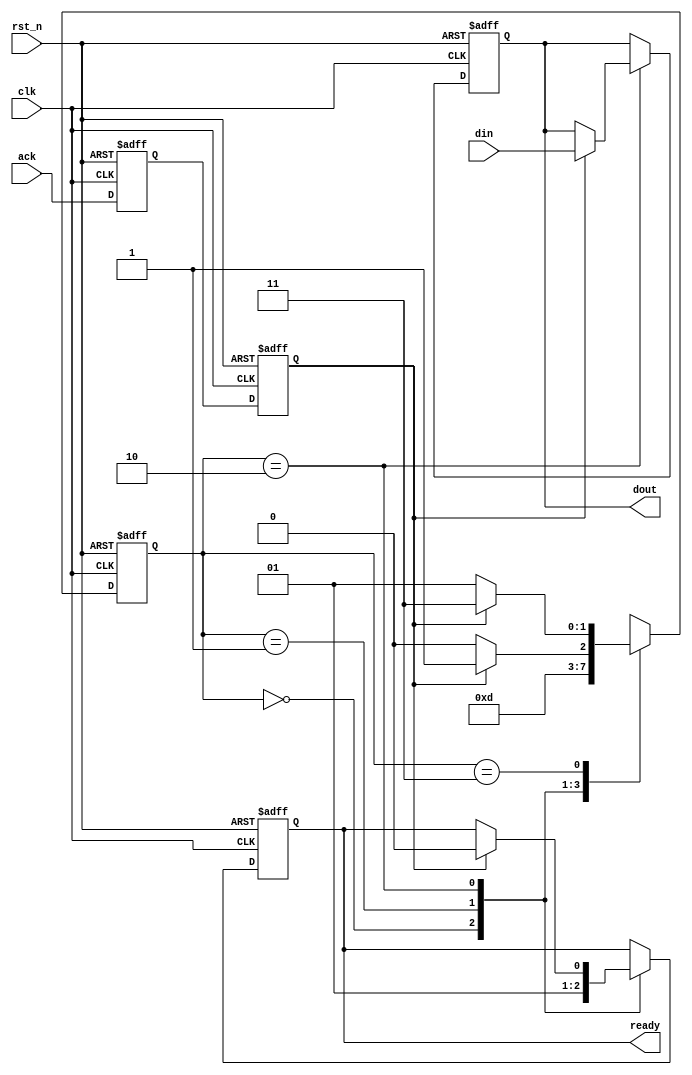
//The communication by the way of shakehand
//module:send part

module shake_hand_send(clk,rst_n,ack,din,dout,ready);
	input clk,rst_n;
	input ack;
	input [7:0] din;
	output reg [7:0] dout;
	output reg ready;

	reg ack_d1,ack_d2;
	reg [1:0] state,next_state;
	parameter idle=2'b00,send=2'b01,ack_active=2'b10,ack_check=2'b11;

	reg [7:0] data_buf;

	always @(posedge clk or negedge rst_n)
		begin
			if(~rst_n)
				begin
					ack_d1<=1'b0;
					ack_d2<=1'b0;
				end
			else
				begin
					ack_d1<=ack;
					ack_d2<=ack_d1;
				end
		end

	always @(posedge clk or negedge rst_n)
		begin
			if(!rst_n)
				begin
					dout<=8'd0;
					ready<=1'b0;
					state<=idle;
				end
			else
				begin
					case(state)
						idle:begin
							ready<=1'b0;
							state<=send;
							end
						send:begin
							ready<=1'b1;
							state<=ack_active;
							end
						ack_active:begin
							if(ack_d2==1'b1)
								begin
									dout<=din;
									ready<=1'b0;
									state<=ack_check;
								end
							else
								state<=ack_active;
							end
						ack_check:begin
							if(ack_d2==1'b0)
								state<=send;
							else
								state<=ack_check;
							end
						default:state<=idle;
					endcase
				end
		end

endmodule